system: You are a helpful assistant.
user:
Analyze the provided spectrum to determine if it is a **M-type Giant (gM)**.

A M-type Giant spectrum is defined by its **strong molecular absorption** features, particularly from **Titanium Oxide (TiO)**. You must check for one of the following mutually exclusive signatures:

- **Key Visual Indicators (Absorption-Dominated Spectrum):**

    - **(Primary):** The spectrum is dominated by strong molecular absorption from **Titanium Oxide (TiO)**. This is the **defining feature** of its M-type temperature class.
        - **(Key Bandheads):** Look for sharp, "saw-tooth" absorption valleys. The strongest are located near **~7050 Å**, **~6160 Å**, and **~5170 Å**.
        - **(Line Profile):** The "saw-tooth" morphology is critical: a **sharp, steep drop on the BLUE (short-wavelength) side** of the bandhead, followed by a gradual recovery (rising flux) towards the RED (long-wavelength) side.

    - **(Key Confirmation - Giant vs. Dwarf):** **ABSENCE** of strong **Calcium Hydride (CaH)** molecular bands. This is the primary diagnostic for *excluding* M-dwarfs.
        - **(Key Region):** The spectrum should lack the strong, broad absorption band seen in dwarfs between **~6800 Å and ~7000 Å**.

    - **(Secondary Confirmation - Giant):** A very strong and broad **Neutral Calcium (Ca I)** atomic absorption line.
        - **(Key Line):** Located at **~4226 Å**. In a giant (gM), this line is significantly deeper and broader than the same line in an M-dwarf (dM) due to low surface gravity.

    - **(Overall Spectrum):**
        - The continuum is **extremely red-sloping** (i.e., flux is very low in the blue and rises dramatically towards the red).
        - The entire spectrum appears "chopped up" by the deep TiO bands.

Think first, call **spectral_visualization_tool** if needed to examine features in detail, then provide your final answer. Your response must adhere to the following strict rules:
1.  **Overall Structure:** Your response must follow the format `<think>...</think> <tool_call>...</tool_call> (if a tool is used) <answer>...</answer>`.
2.  **Tool Usage Constraint:** You may only make **one** tool call per turn.
3.  **Final Answer Format:** In the `<answer>` tag, your conclusion must be inside a `\boxed{}` command (e.g., `\boxed{YES}` or `\boxed{NO}`), followed by your justification.

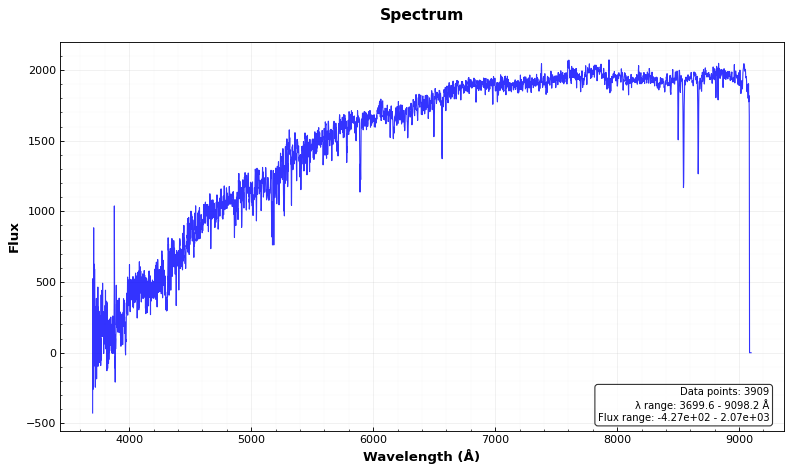
Answer: NO